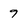
Character: 9